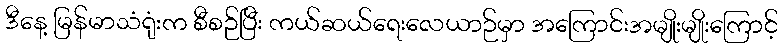
ဒီနေ့ မြန်မာသံရုံးက စီစဉ်ပြီး ကယ်ဆယ်ရေးလေယာဉ်မှာ အကြောင်းအမျိုးမျိုးကြောင့်